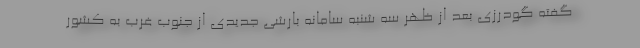
گفته گودرزی بعد از ظهر سه شنبه سامانه بارشی جدیدی از جنوب غرب به کشور